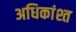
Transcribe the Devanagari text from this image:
अधिकांश्त